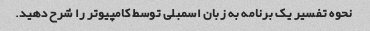
نحوه تفسیر یک برنامه به زبان اسمبلی توسط کامپیوتر را شرح دهید.